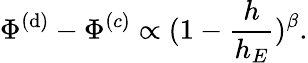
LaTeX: \Phi^{(\mathrm{d})}-\Phi^{(c)}\propto(1-\frac{{h}}{{h_{E}}})^{\beta}.